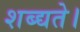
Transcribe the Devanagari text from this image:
शब्द्यते।